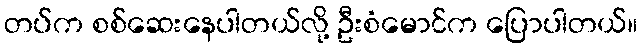
တပ်က စစ်ဆေးနေပါတယ်လို့ ဦးစံမောင်က ပြောပါတယ်။